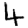
Digit: 4